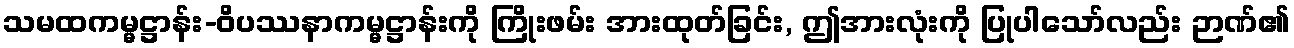
သမထကမ္မဋ္ဌာန်း-ဝိပဿနာကမ္မဋ္ဌာန်းကို ကြိုးဖမ်း အားထုတ်ခြင်း, ဤအားလုံးကို ပြုပါသော်လည်း ဉာဏ်၏